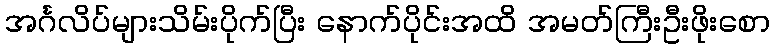
အင်္ဂလိပ်များသိမ်းပိုက်ပြီး နောက်ပိုင်းအထိ အမတ်ကြီးဦးဖိုးစော